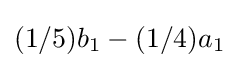
(1/5)b_{1}-(1/4)a_{1}